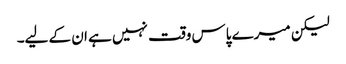
لیکن میرے پاس وقت نہیں ہے ان کے لیے۔